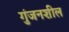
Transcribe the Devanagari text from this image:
गुंजनशील